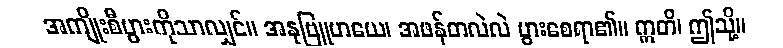
အကျိုးစီပွားကိုသာလျှင်။ အနုဗြူဟယေ၊ အဖန်တလဲလဲ ပွားစေရာ၏။ ဣတိ၊ ဤသို့။